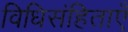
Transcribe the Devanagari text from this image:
विधिसंहिताएँ